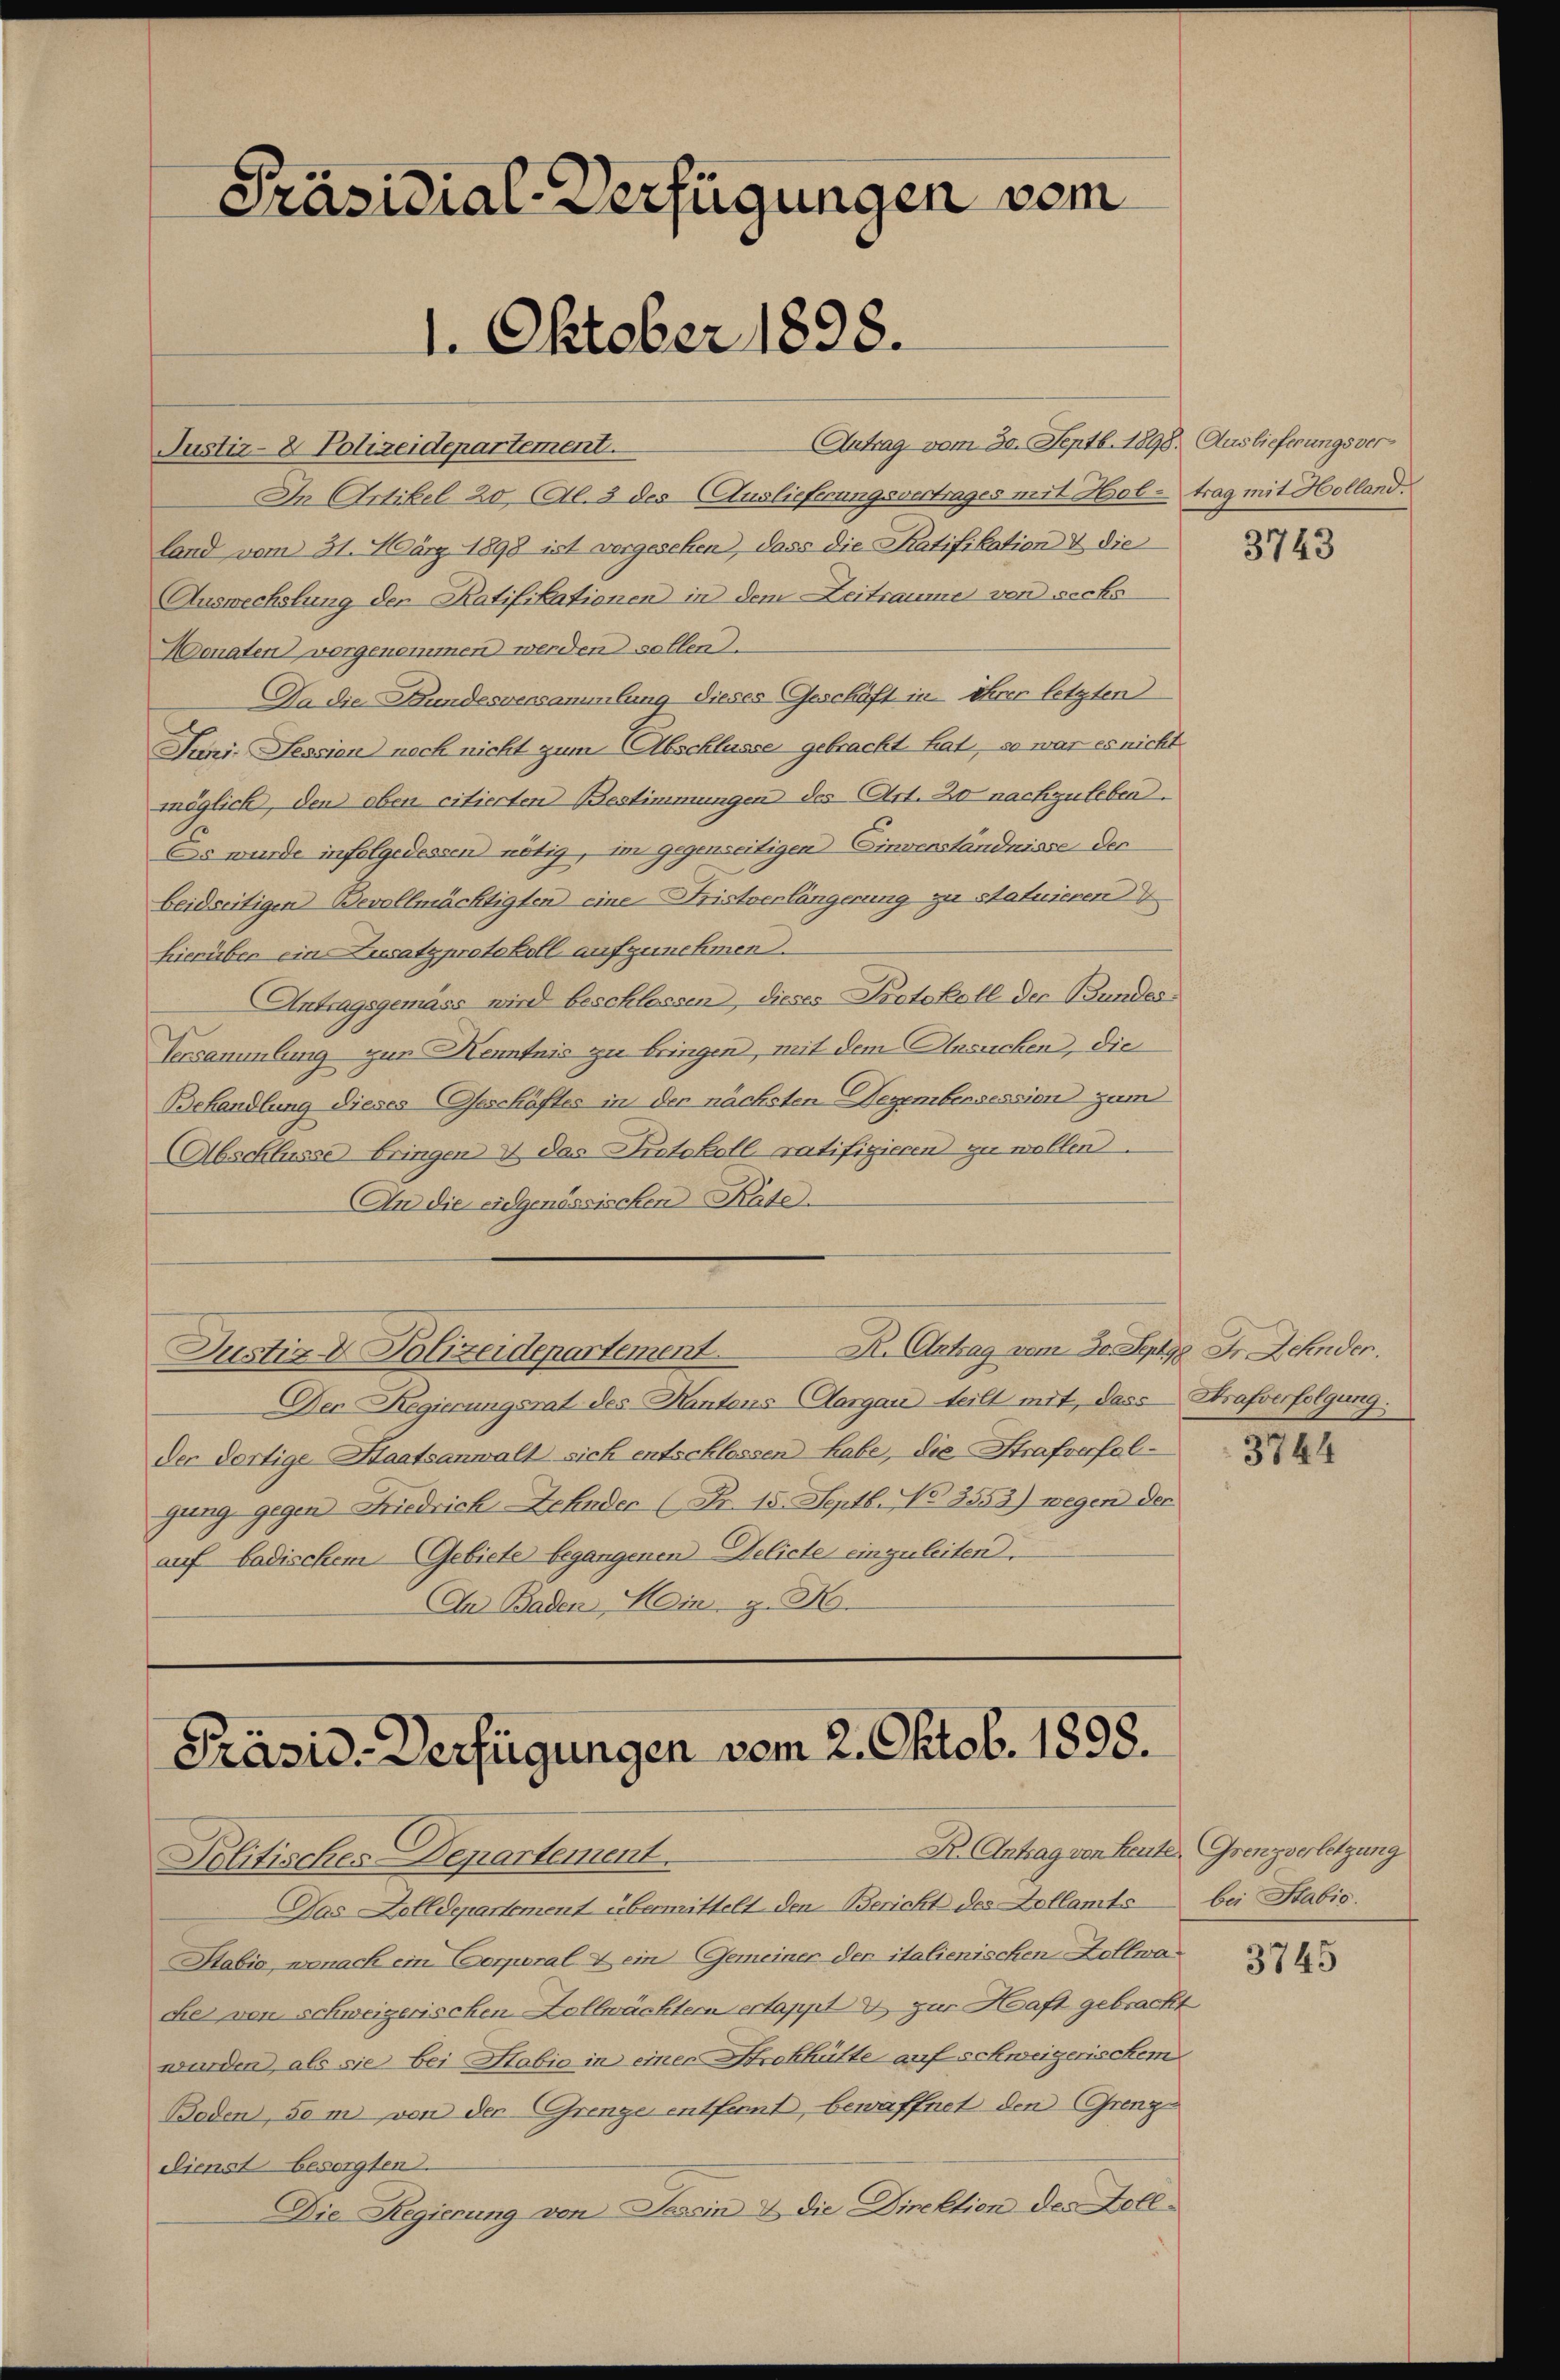
Antrag vom 30. Septb. 1898. Auslieferungsver¬
Justiz- & Polizeidepartement.
In Artikel 20 Al. 3 des Auslieferungsvertrages mit Hol- trag mit Holland.
land vom 31. März 1898 ist vergeschen, dass die Ratifikation & die
Auswechslung der Ratifikationen in dem Zeitraume von sechs
Monaten vorgenommen werden sollen.
Da die Bundesversammlung dieses Geschäft in ihrer letzten
Juni. Session noch nicht zum Abschlasse gebracht hat, so war es nicht
möglich, den oben citierten Bestimmungen des Art. 20 nachzuleben.
Es wurde infolgedessen nötig, im gegenseitigen Einverständnisse der
beidseitigen Bevollmächtigten eine Fristverlängerung zu statuieren
hierüber ein Zusatzprotokoll aufzunehmen.
Antragsgemäss wird beschlossen, dieses Protokoll der Bundes¬
Versammlung zur Henntnis zu bringen, mit dem Ansuchen, die
Behandlung dieses Geschäftes in der nächsten Dezembensession zum
Abschlüsse bringen & das Protokoll ratifizieren zu wollen.
An die eidgenössischen Rate.
Justiz & Polizeidepartement. K. Antrag vom 30. Septyp Ir Zehnder.
Der Regierungsrat des Kantons-Aargau teilt mit, dass Strafverfolgung.
der dortige Staatsanwalt sich entschlossen habe, die Strafverfolgung gegen Friedrich Zehnder (Fr. 15. Septb. No 3553) wegen der
auf badischem Gebiete begangenen Delicte einzuleiten.
In Baden, Hein. z. B.

Präsidial-Verfügungen vom
1. Oktober 1898.

Präsid-Verfügungen vom 2. Oktob. 1898.
R. Antrag von Leute Grenzverletzung

Politisches Departement.
Das Dolldepartement übermittelt den Bericht des Dollamts
Stabić, wonach ein Corporal & ein Gemeiner der italienischen Zollwan
che von schweizerischen Zollwächtern ertappt & zur Haft gebracht
wurden, als sie bei Habio in einer Strekhütte auf schweizerischem
Boden, so m von der Grenze entfernt, bewaffnet den Grenze
dienst besorgten.
Die Regierung von Tessin & die Direktion des Zoll¬

3743

3744

bei Stabis.

3745